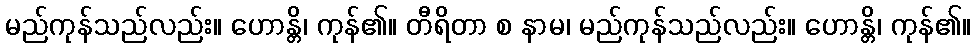
မည်ကုန်သည်လည်း။ ဟောန္တိ၊ ကုန်၏။ တီရိတာ စ နာမ၊ မည်ကုန်သည်လည်း။ ဟောန္တိ၊ ကုန်၏။